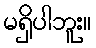
မရှိပါဘူး။